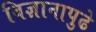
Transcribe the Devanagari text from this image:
विज्ञानापुढे